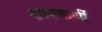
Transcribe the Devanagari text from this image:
शारणार्थी